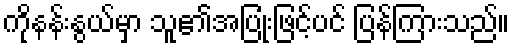
ကိုနန်းနွယ်မှာ သူ၏အပြုံးဖြင့်ပင် ပြန်ကြားသည်။